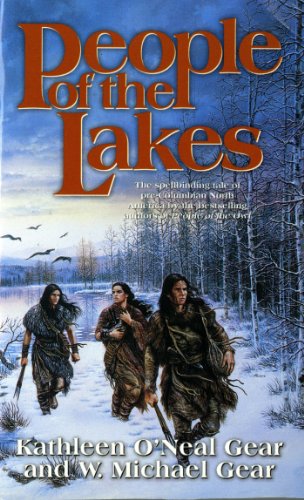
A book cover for People of the Lakes (The First North Americans series, Book 6); Kathleen O'Neal Gear; Literature & Fiction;